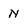
Character: N